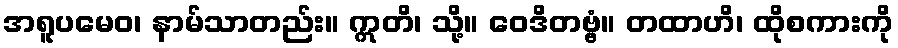
အရူပမေဝ၊ နာမ်သာတည်း။ ဣတိ၊ သို့။ ဝေဒိတဗ္ဗံ။ တထာဟိ၊ ထိုစကားကို